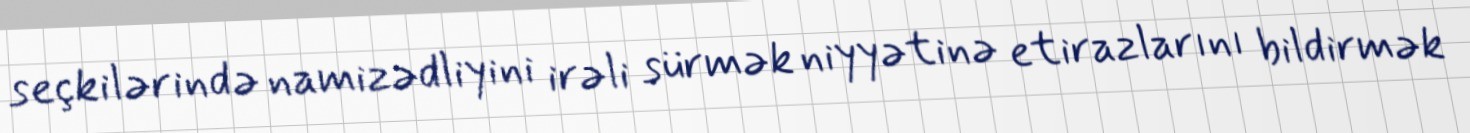
seçkilərində namizədliyini irəli sürmək niyyətinə etirazlarını bildirmək